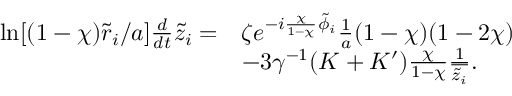
\begin{array} { r l } { \ln [ ( 1 - \chi ) \tilde { r } _ { i } / a ] \frac { d } { d t } \tilde { z } _ { i } = } & { \zeta e ^ { - i \frac { \chi } { 1 - \chi } \tilde { \phi } _ { i } } \frac { 1 } { a } ( 1 - \chi ) ( 1 - 2 \chi ) } \\ & { - 3 \gamma ^ { - 1 } ( K + K ^ { \prime } ) \frac { \chi } { 1 - \chi } \frac { 1 } { \overline { { \tilde { z } _ { i } } } } . } \end{array}